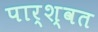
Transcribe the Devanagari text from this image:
पार्श्वत